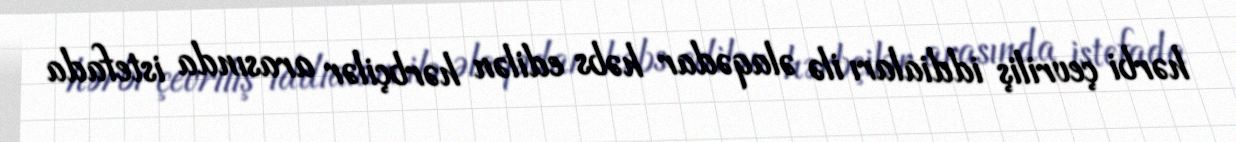
hərbi çevriliş iddiaları ilə əlaqədar həbs edilən hərbçilər arasında istefada